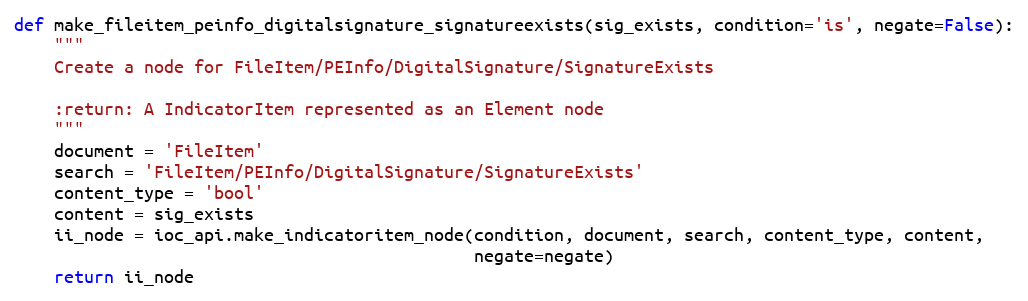
Language: Python
def make_fileitem_peinfo_digitalsignature_signatureexists(sig_exists, condition='is', negate=False):
    """
    Create a node for FileItem/PEInfo/DigitalSignature/SignatureExists

    :return: A IndicatorItem represented as an Element node
    """
    document = 'FileItem'
    search = 'FileItem/PEInfo/DigitalSignature/SignatureExists'
    content_type = 'bool'
    content = sig_exists
    ii_node = ioc_api.make_indicatoritem_node(condition, document, search, content_type, content,
                                              negate=negate)
    return ii_node